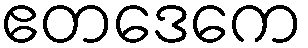
ဧတဒေကေ